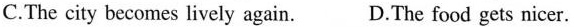
C.The city becomes lively again. D.The food gets nicer.